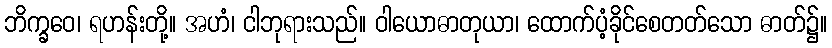
ဘိက္ခဝေ၊ ရဟန်းတို့။ အဟံ၊ ငါဘုရားသည်။ ဝါယောဓာတုယာ၊ ထောက်ပံ့ခိုင်စေတတ်သော ဓာတ်၌။